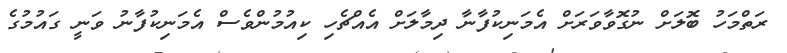
ރަތްމަހު ބޮލަށް ނުގޮވާވަރަށް އެމަނިކުފާނާ ދިމާލަށް އެއްޗެހި ކިއުމުންވެސް އެމަނިކުފާނު ވަނީ ގައުމުގެ